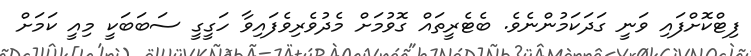
ފިޓްކޮށްފައި ވަނީ ގަދަކަމުންނެވެ. ބެޓެރީތައް ގޮވުމަށް މެދުވެރިވެފައިވާ ހަގީގީ ސަބަބަކީ މިއީ ކަމަށް